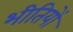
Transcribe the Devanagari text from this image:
भीतियों